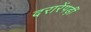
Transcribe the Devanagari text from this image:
दरारेंपड़ीं